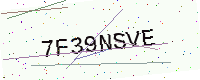
Text: 7F39NSVE